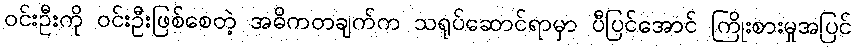
ဝင်းဦးကို ဝင်းဦးဖြစ်စေတဲ့ အဓိကတချက်က သရုပ်ဆောင်ရာမှာ ပီပြင်အောင် ကြိုးစားမှုအပြင်